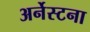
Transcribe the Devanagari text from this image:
अर्नेस्टना